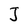
Character: J